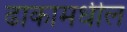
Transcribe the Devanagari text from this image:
ढाकामधील